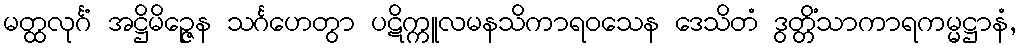
မတ္ထလုင်္ဂံ အဋ္ဌိမိဉ္ဇေန သင်္ဂဟေတွာ ပဋိက္ကူလမနသိကာရဝသေန ဒေသိတံ ဒွတ္တိံသာကာရကမ္မဋ္ဌာနံ,